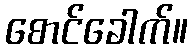
စောင်ခေါက်။